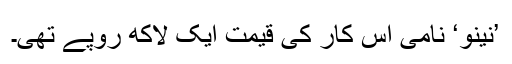
’نینو‘ نامی اس کار کی قیمت ایک لاکھ روپے تھی۔